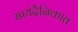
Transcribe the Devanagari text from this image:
सायंदैनिकात